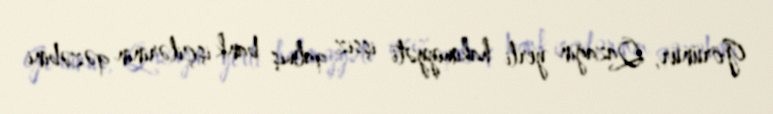
Görünür, Qazağın yerli hakimiyyəti işsiz qalmış bank işçilərinin qəzəbini